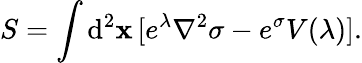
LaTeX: S=\int\mathrm{d}^{2}\mathbf{x}\, [e^{\lambda}\nabla^{2}\sigma-e^{\sigma}V(\lambda)].